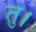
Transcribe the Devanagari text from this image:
तु।